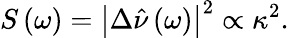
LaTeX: S\left(\omega\right)=\left|\Delta\hat{\nu}\left(\omega\right)\right|^{2}\propto\kappa^{2}.